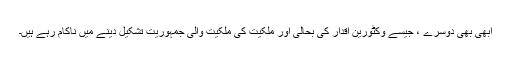
ابھی بھی دوسرے ، جیسے وکٹورین اقدار کی بحالی اور ملکیت کی ملکیت والی جمہوریت تشکیل دینے میں ناکام رہے ہیں۔